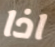
اذا